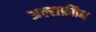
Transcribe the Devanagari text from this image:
अल्सफ्रीोन